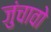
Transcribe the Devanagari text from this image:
जुंचावो